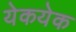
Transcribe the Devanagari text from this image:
येकयेक